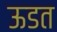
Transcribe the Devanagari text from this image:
ऊडत